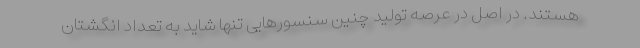
هستند. در اصل در عرصه تولید چنین سنسورهایی تنها شاید به تعداد انگشتان